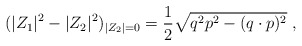
\begin{align*}(|Z_1|^2 - |Z_2|^2)_{|Z_2| =0} = {1\over 2} \sqrt {q^2 p^2 - (q \cdot p)^2 } \ ,\end{align*}